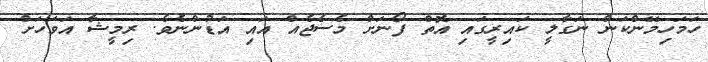
ހަމަހިމޭންކަން ނަގާލީ ކައިރީގައި އޮތް ފޯނަށް މެސެޖެއް އައި އަޑުންނެވެ. ރިމީޝާ އަވަހަށް